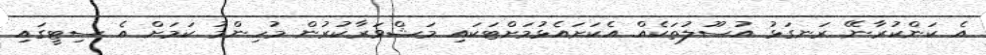
އެ ކަންކުރާނޭ ރަނގަޅު އުސޫލުތަކެއް އެކަށައެޅުމަށްޓަކައި މަޝްވަރާކުރުން މުހިންމު ކަމަށް އެ ސިޓީގައި